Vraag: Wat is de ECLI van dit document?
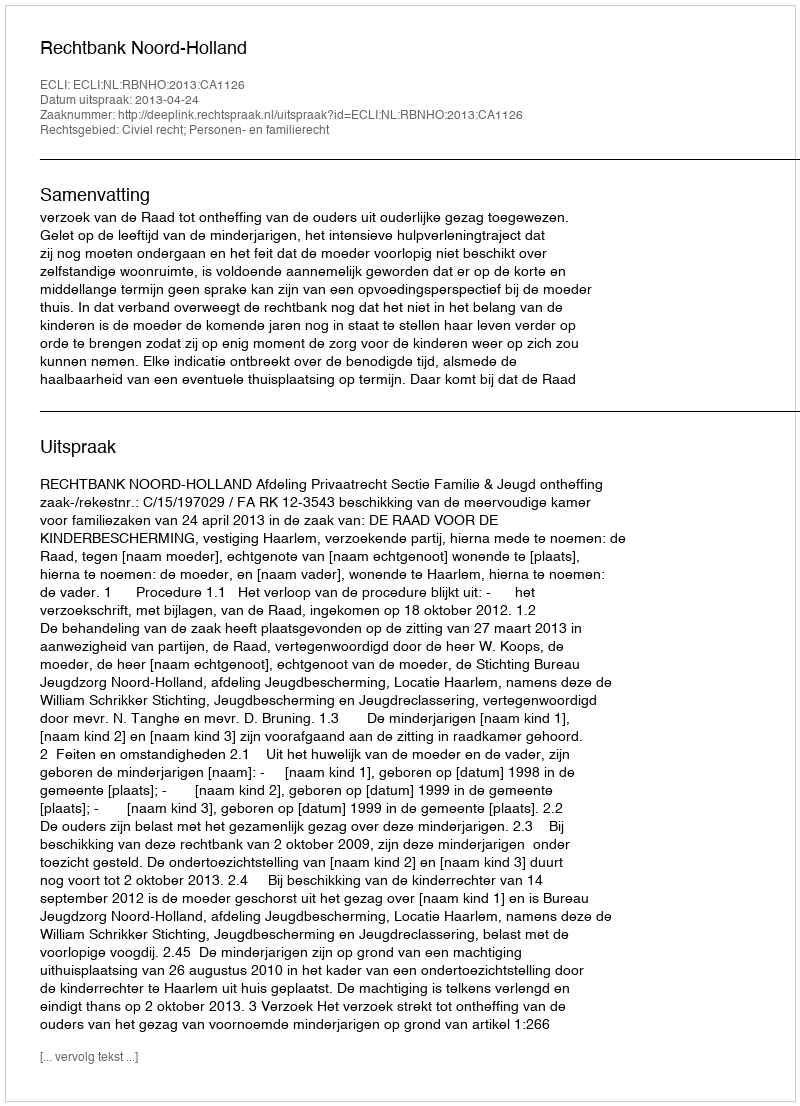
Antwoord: ECLI:NL:RBNHO:2013:CA1126